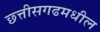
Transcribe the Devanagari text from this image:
छ्त्तीसगढमधील